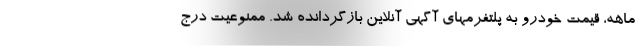
ماهه، قیمت خودرو به پلتفرمهای آگهی آنلاین بازگردانده شد. ممنوعیت درج